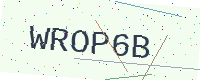
Text: WROP6B